Note on the mental hospitals in Burma - 1925-1940
Year: 1925
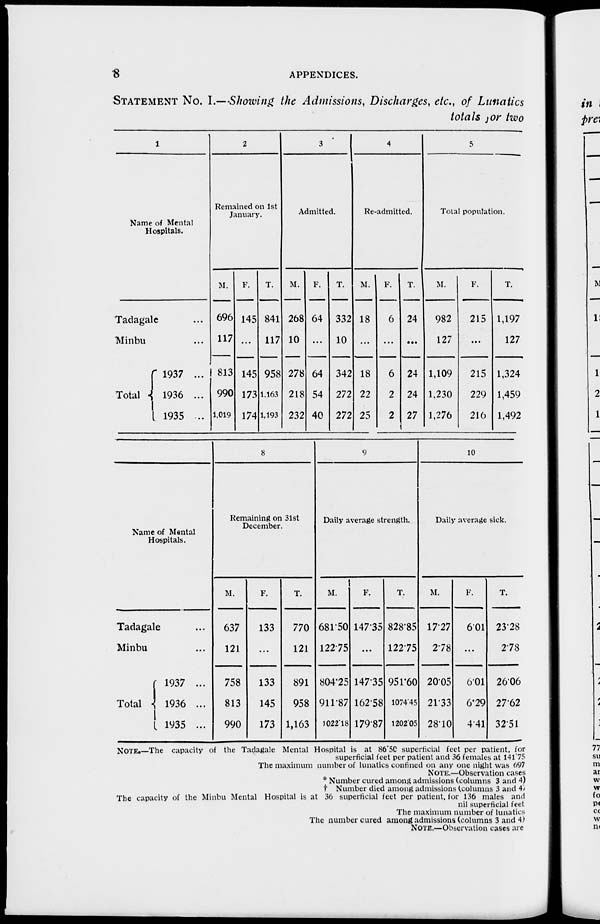
8
APPENDICES.
STATEMENT No. I.—Showing the Admissions, Discharges, etc., of Lunatics
totals for two
1
Name of Mental
Hospitals.
Tadagale ...
Minbu ...
Total
1937 ...
1936 ...
1935 ...
2
Remained on 1st
January.
M.
696
117
813
990
1,019
F.
145
...
145
173
174
T.
841
117
958
1,163
1,193
3
Admitted.
M.
268
10
278
218
232
F.
64
...
64
54
40
T.
332
10
342
272
272
4
Re-admitted.
M.
18
...
18
22
25
F.
6
...
6
2
2
T.
24
...
24
24
27
5
Total population.
M.
982
127
1,109
1,230
1,276
F.
215
...
215
229
216
T.
1,197
127
1,324
1,459
1,492
Name of Mental
Hospitals.
Tadagale ...
Minbu ...
Total
1937 ...
1936 ...
1935 ...
8
Remaining on 31st
December.
M.
637
121
758
813
990
F.
133
...
133
145
173
T.
770
121
891
958
1,163
9
Daily average strength.
M.
681.50
122.75
804.25
911.87
1022.18
F.
147.35
...
147.35
162.58
179.87
T.
828.85
122.75
951.60
1074.45
1202.05
10
Daily average sick.
M.
17.27
2.78
20.05
21.33
28.10
F.
6.01
...
6.01
6.29
4.41
T.
23.28
2.78
26.06
27.62
32.51
NOTE.—The capacity of the Tadagale Mental Hospital is at 86.50 superficial feet per patient, for
superficial feet per patient and 36 females at 141.75
The maximum number of lunatics confined on any one night was 697
NOTE.—Observation cases
* Number cured among admissions (columns 3 and 4)
† Number died among admissions (columns 3 and 4)
The capacity of the Minbu Mental Hospital is at 36 superficial feet per patient, for 136 males and
nil superficial feet
The maximum number of lunatics
The number cured among admissions (columns 3 and 4)
NOTE.—Observation cases are